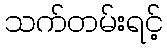
သက်တမ်းရင့်